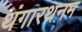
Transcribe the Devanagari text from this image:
थंगारथनम